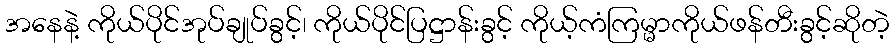
အနေနဲ့ ကိုယ်ပိုင်အုပ်ချုပ်ခွင့်၊ ကိုယ်ပိုင်ပြဋ္ဌာန်းခွင့် ကိုယ့်ကံကြမ္မာကိုယ်ဖန်တီးခွင့်ဆိုတဲ့